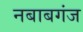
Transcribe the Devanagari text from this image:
नबाबगंज